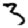
Digit: 3